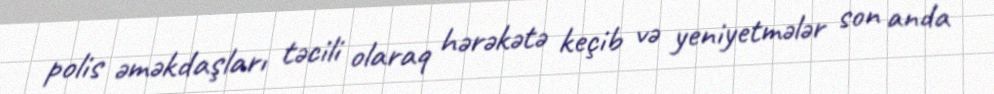
polis əməkdaşları təcili olaraq hərəkətə keçib və yeniyetmələr son anda